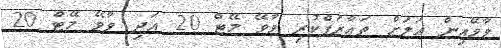
ވާވޭއިން އަލަށް ތަޢާރަފްކުރި ވާވޭ މޭޓް 20 އަދި ވާވޭ މޭޓް 20